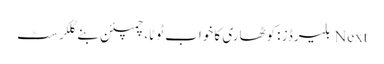
Next بلیرڈز :کوٹھاری کا خواب ٹوٹا، چمپئن بنے گلکرسٹ